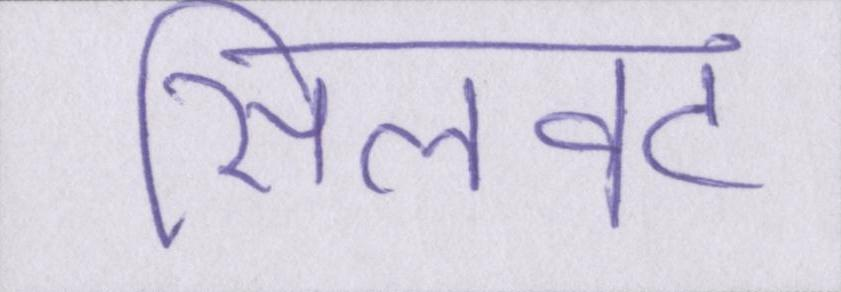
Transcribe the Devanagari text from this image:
सिलवट